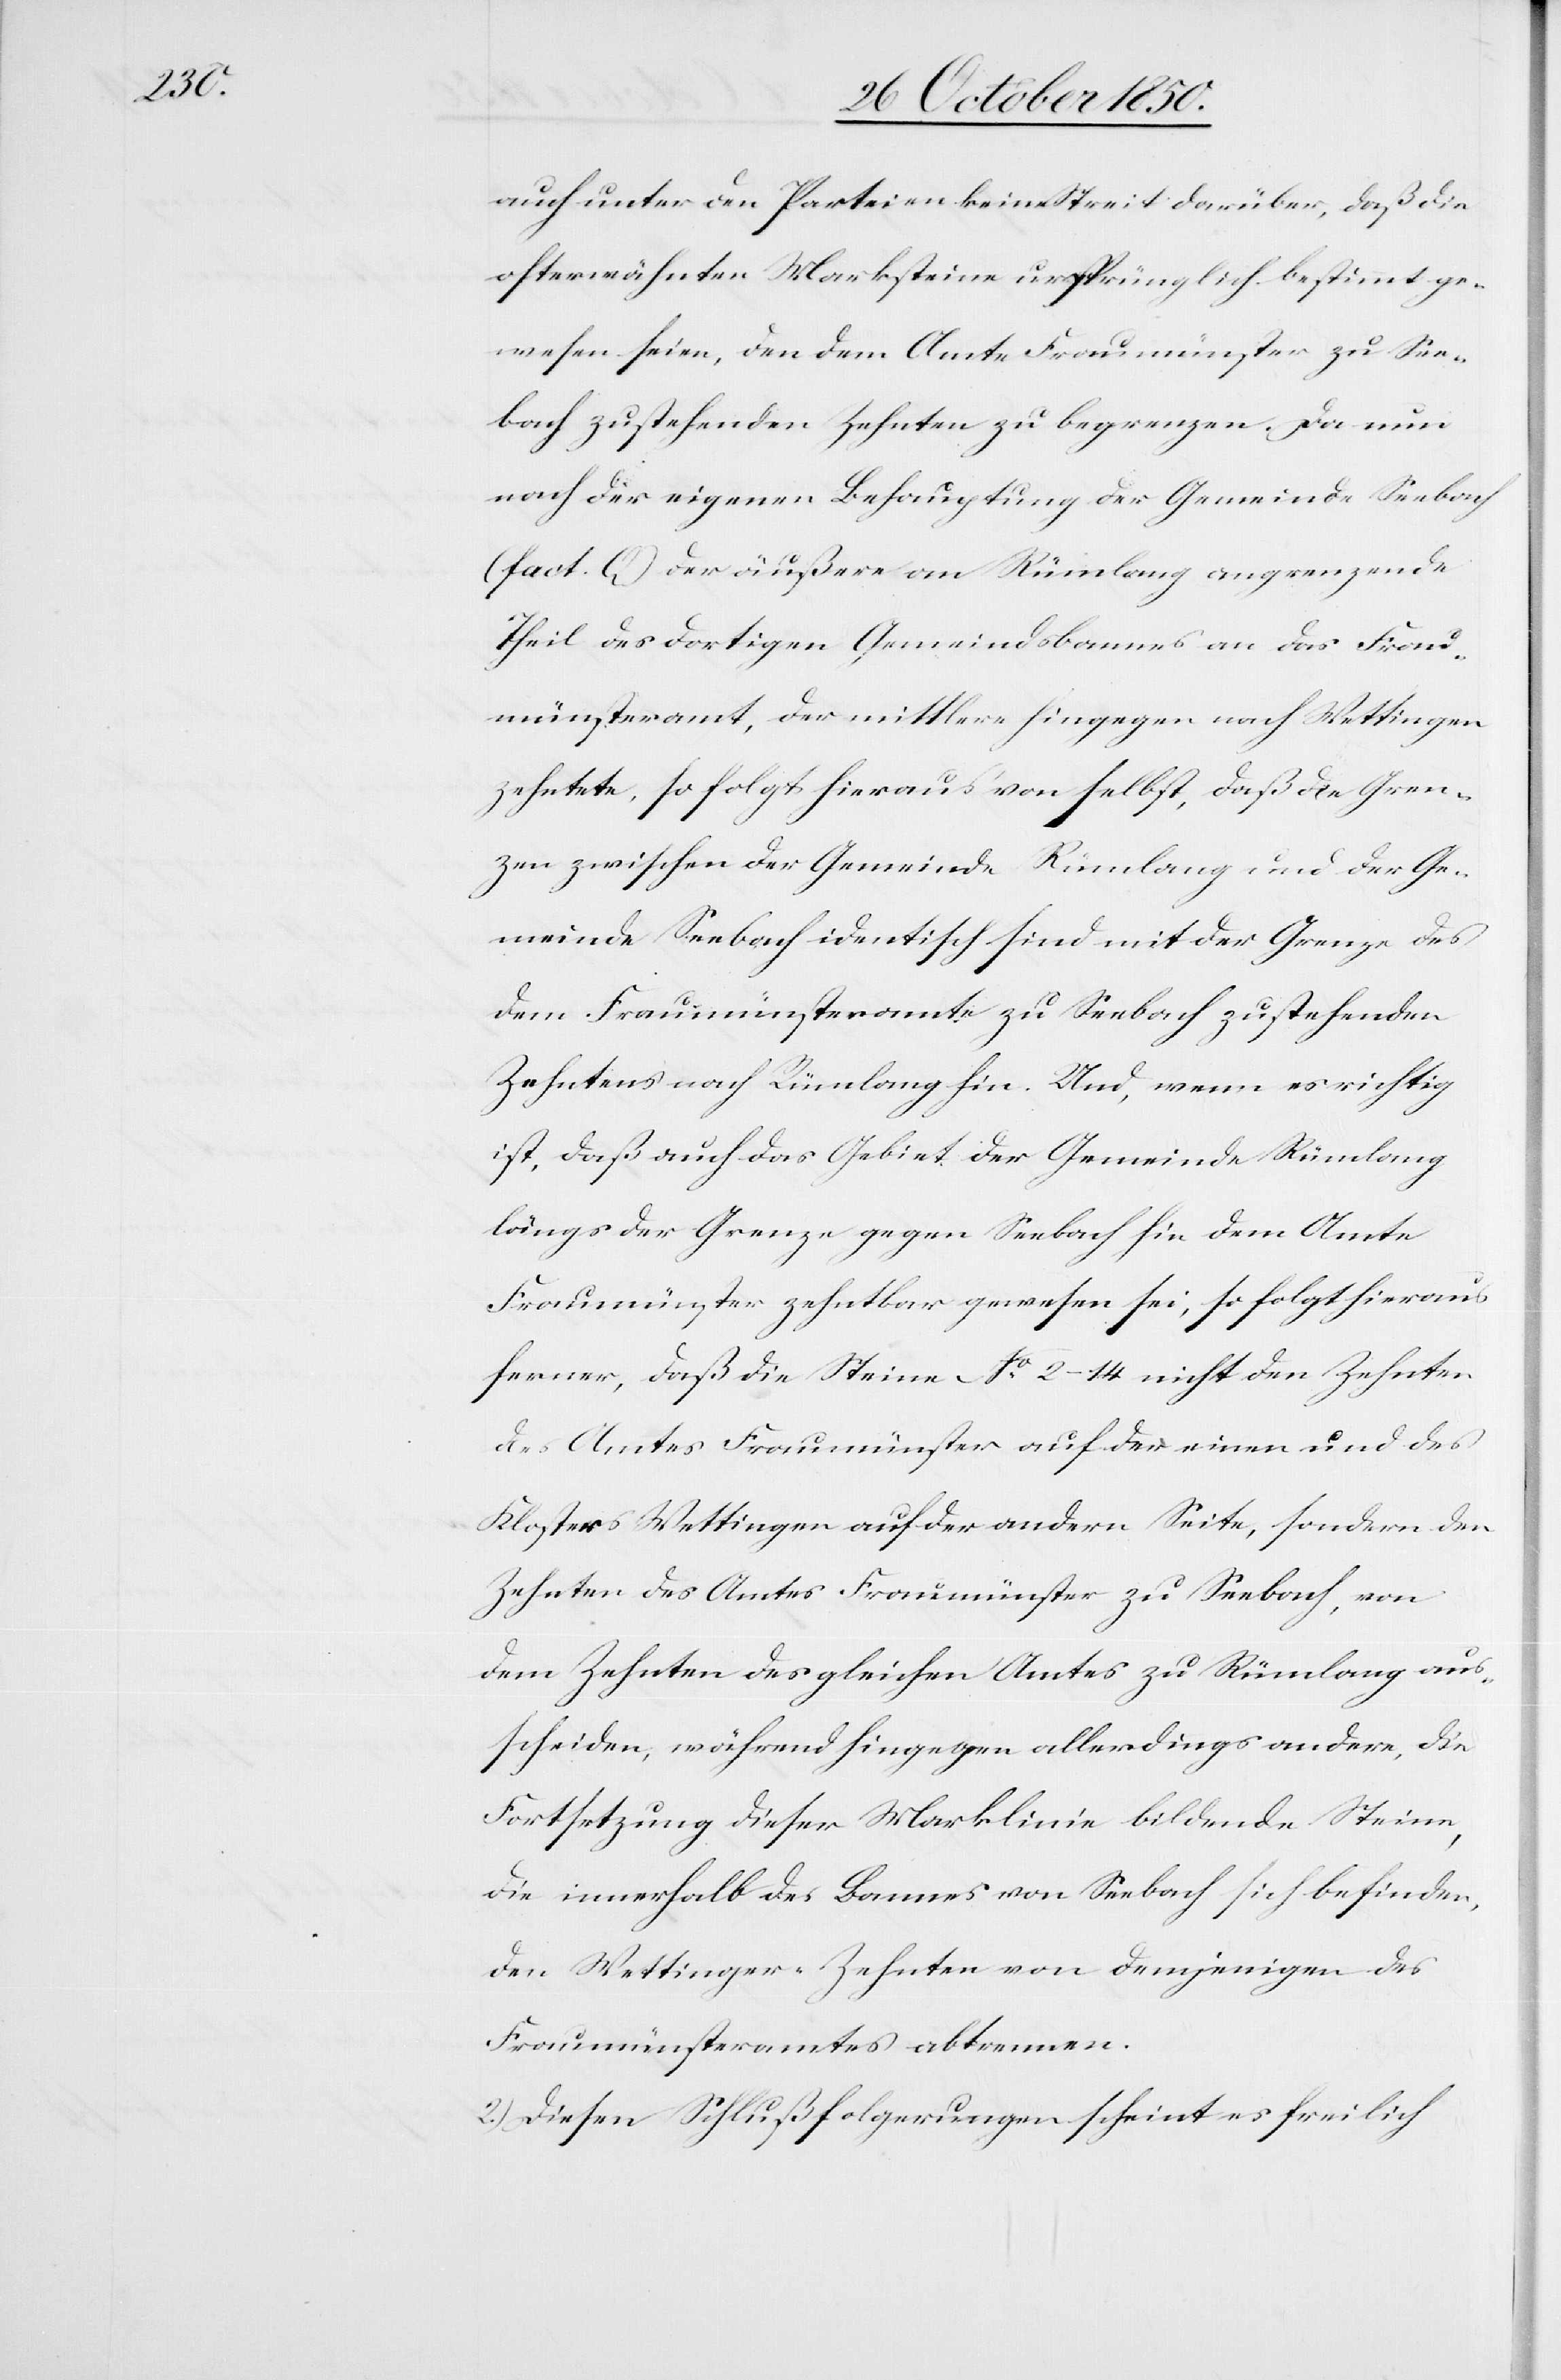
auch unter den Parteien keine [sic!] Streit darüber, daß die
ofterwähnten Marksteine ursprünglich bestimmt ge¬
wesen seien, den dem Amte Fraumünster zu See¬
bach zustehenden Zehnten zu begrenzen. Da nun
nach der eigenen Behauptung der Gemeinde Seebach
(fact. Q) der äußere an Rümlang angrenzende
Theil des dortigen Gemeindsbannes an das Frau¬
münsteramt, der mittlere hingegen nach Wettingen
zehntete, so folgt hieraus von selbst, daß die Gren¬
zen zwischen der Gemeinde Rümlang und der Ge¬
meinde Seebach identisch sind mit der Grenze des
dem Fraumünsteramte zu Seebach zustehenden
Zehntens nach Rümlang hin. Und, wenn es richtig
ist, daß auch das Gebiet der Gemeinde Rümlang
längs der Grenze gegen Seebach hin dem Amte
Fraumünster zehntbar gewesen sei, so folgt hieraus
ferner, daß die Steine No 2–14 nicht den Zehnten
des Amtes Fraumünster auf der einen und des
Klosters Wettingen auf der andern Seite, sondern den
Zehnten des Amtes Fraumünster zu Seebach, von
dem Zehnten des gleichen Amtes zu Rümlang aus¬
scheiden, während hingegen allerdings andere, die
Fortsetzung dieser Marklinie bildende Steine,
die innerhalb des Bannes von Seebach sich befinden,
den Wettinger-Zehnten von demjenigen des
Fraumünsteramtes abtrennen.
2.) Diesen Schlußfolgerungen scheint es freilich